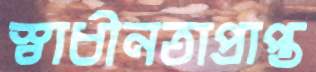
স্বাধীনতাপ্রাপ্ত